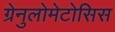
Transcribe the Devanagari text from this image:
ग्रेनुलोमेटोसिस